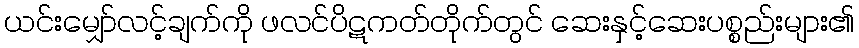
ယင်းမျှော်လင့်ချက်ကို ဖလင်ပိဋကတ်တိုက်တွင် ဆေးနှင့်ဆေးပစ္စည်းများ၏